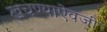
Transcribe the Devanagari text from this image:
खचण्याऐवजी